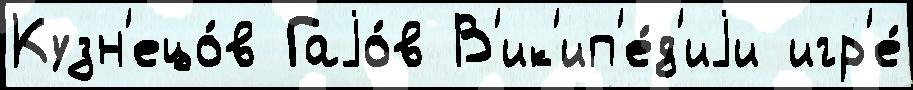
Кузн'ецо́в Гаjо́в В'ик'ип'е́д'иjи игр'е́